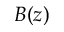
B ( z )